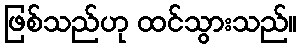
ဖြစ်သည်ဟု ထင်သွားသည်။